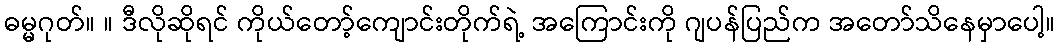
ဓမ္မဂုတ်။ ။ ဒီလိုဆိုရင် ကိုယ်တော့်ကျောင်းတိုက်ရဲ့ အကြောင်းကို ဂျပန်ပြည်က အတော်သိနေမှာပေါ့။